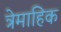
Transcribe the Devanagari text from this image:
त्रेमाहिक